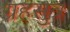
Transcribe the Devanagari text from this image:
ग्रहसुत्र